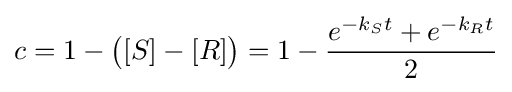
c=1-{\big (}[S]-[R]{\big )}=1-{\frac {e^{-k_{S}t}+e^{-k_{R}t}}{2}}